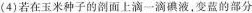
(4)若在玉米种子的剖面上滴一滴碘液，变蓝的部分